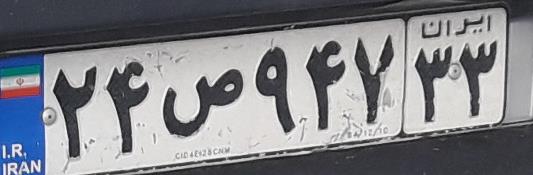
۲۴ص۹۴۷۳۳